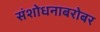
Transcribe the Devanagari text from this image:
संशोधनाबरोबर